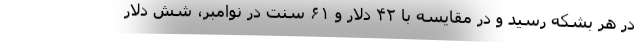
در هر بشکه رسید و در مقایسه با ۴۲ دلار و ۶۱ سنت در نوامبر، شش دلار